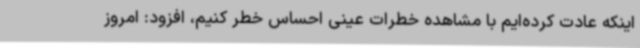
اینکه عادت کرده‌ایم با مشاهده خطرات عینی احساس خطر کنیم، افزود: امروز